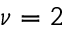
\nu = 2